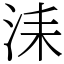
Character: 洡